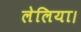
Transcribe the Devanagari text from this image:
लेलिया।